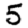
Digit: 5